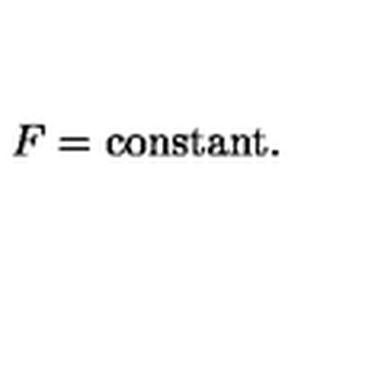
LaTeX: F = \mathrm { c o n s t a n t } .